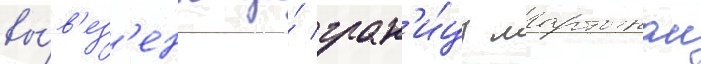
вы́в'ез'ены за́ гран'и́цу мартыном